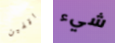
واقفين شيء